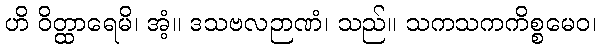
ဟိ ဝိတ္ထာရေမိ၊ အံ့။ ဒသဗလဉာဏံ၊ သည်။ သကသကကိစ္စမေဝ၊